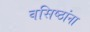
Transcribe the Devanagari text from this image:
वसिष्ठांना